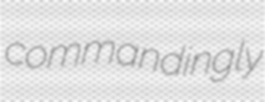
commandingly